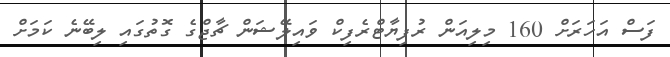
ފަސް އަހަރަށް 160 މިލިއަން ރުފިޔާޓްރެފިކް ވައިލޭޝަން ޗާޖްގެ ގޮތުގައި ލިބޭނެ ކަމަށް